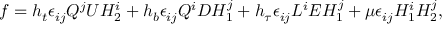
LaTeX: f = h _ { t } \epsilon _ { i j } Q ^ { j } U H _ { 2 } ^ { i } + h _ { b } \epsilon _ { i j } Q ^ { i } D H _ { 1 } ^ { j } + h _ { \tau } \epsilon _ { i j } L ^ { i } E H _ { 1 } ^ { j } + \mu \epsilon _ { i j } H _ { 1 } ^ { i } H _ { 2 } ^ { j } ,